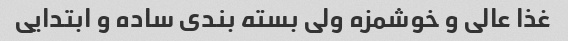
غذا عالی و خوشمزه ولی بسته بندی ساده و ابتدایی